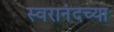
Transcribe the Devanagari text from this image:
स्वरानंदच्या